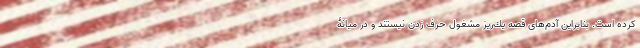
كرده است. بنابراين آدم‌های قصه يك‌ريز مشغول حرف زدن نيستند و در ميانۀ